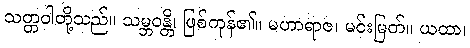
သတ္တဝါတို့သည်။ သမ္ဘဝန္တိ၊ ဖြစ်ကုန်၏။ မဟာရာဇ၊ မင်းမြတ်။ ယထာ၊